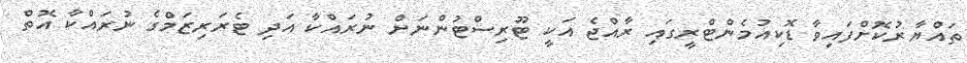
ތައްޔާރުކޮށްފައިވާ ޑޮކިއުމެންޓްރީގައި ރާއްޖެ އަކީ ޓޫރިސްޓުންނަށް ނުރައްކާ އަދި ޓެރަރިޒަމްގެ ނުރައްކާ އޮތް